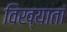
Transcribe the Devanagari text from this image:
विख्यातां